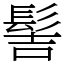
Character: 髻